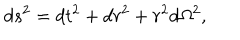
d s ^ { 2 } = d t ^ { 2 } + d r ^ { 2 } + r ^ { 2 } d \Omega ^ { 2 } ,